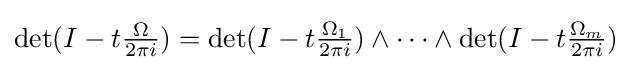
{\textstyle \det(I-t{\frac {\Omega }{2\pi i}})=\det(I-t{\frac {\Omega _{1}}{2\pi i}})\wedge \dots \wedge \det(I-t{\frac {\Omega _{m}}{2\pi i}})}